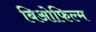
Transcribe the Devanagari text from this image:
बिओफिल्म